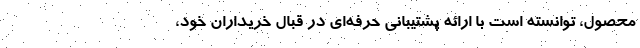
محصول، توانسته است با ارائه پشتیبانی حرفه‌ای در قبال خریداران خود،